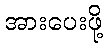
အားပေးဖို့